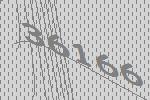
36166